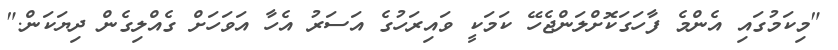
"މިކަމުގައި އެންމެ ފާހަގަކޮށްލަންޖެހޭ ކަމަކީ ވައިރަހުގެ އަސަރު އެހާ އަވަހަށް ގެއްލިގެން ދިޔަކަން."